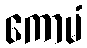
ကောမံ